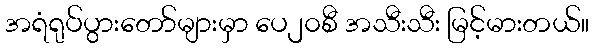
အရံရုပ်ပွားတော်များမှာ ပေ၂၀စီ အသီးသီး မြင့်မားတယ်။